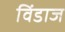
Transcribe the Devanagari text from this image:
विंडाज